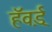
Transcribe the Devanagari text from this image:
हॅव़र्ड्